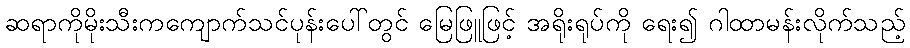
ဆရာကိုမိုးသီးကကျောက်သင်ပုန်းပေါ်တွင် မြေဖြူဖြင့် အရိုးရုပ်ကို ရေး၍ ဂါထာမန်းလိုက်သည့်